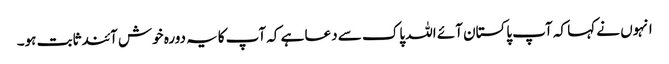
انہوں نے کہا کہ آپ پاکستان آئے اللہ پاک سے دعا ہے کہ آپ کایہ دورہ خوش آئندثابت ہو۔